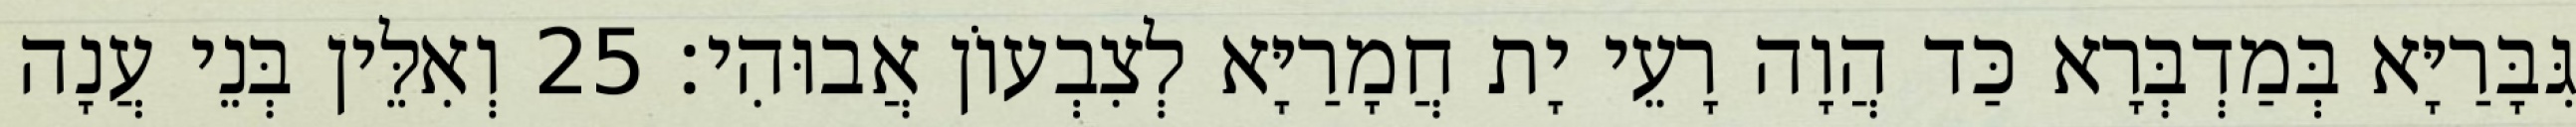
גִּבָּרַיָּא בְּמַדְבְּרָא כַּד הֲוָה רָעֵי יָת חֲמָרַיָּא לְצִבְעוֹן אֲבוּהִי׃ 25 וְאִלֵּין בְּנֵי עֲנָה